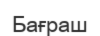
Бағраш